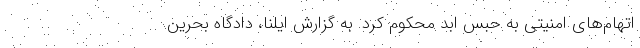
اتهام‌های امنیتی به حبس ابد محکوم کرد. به گزارش ایلنا، دادگاه بحرین